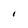
Character: I